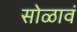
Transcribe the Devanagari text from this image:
सोळावं